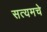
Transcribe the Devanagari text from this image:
सत्यमचे